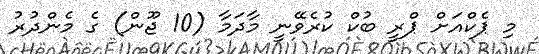
މި ޕެކްއަށް ޕްރީ ބުކް ކުރެވޭނީ މާދަމާ (10 ޖޫން) ގެ މެންދުރު